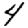
Digit: 4